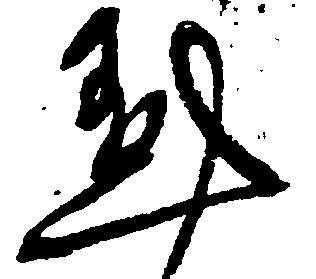
愚